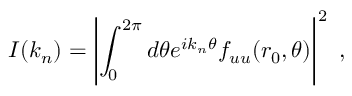
I ( k _ { n } ) = \left| \int _ { 0 } ^ { 2 \pi } d \theta e ^ { i k _ { n } \theta } f _ { u u } ( r _ { 0 } , \theta ) \right| ^ { 2 } \ ,